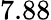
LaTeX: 7.88